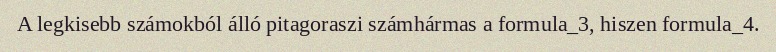
A legkisebb számokból álló pitagoraszi számhármas a formula_3, hiszen formula_4.